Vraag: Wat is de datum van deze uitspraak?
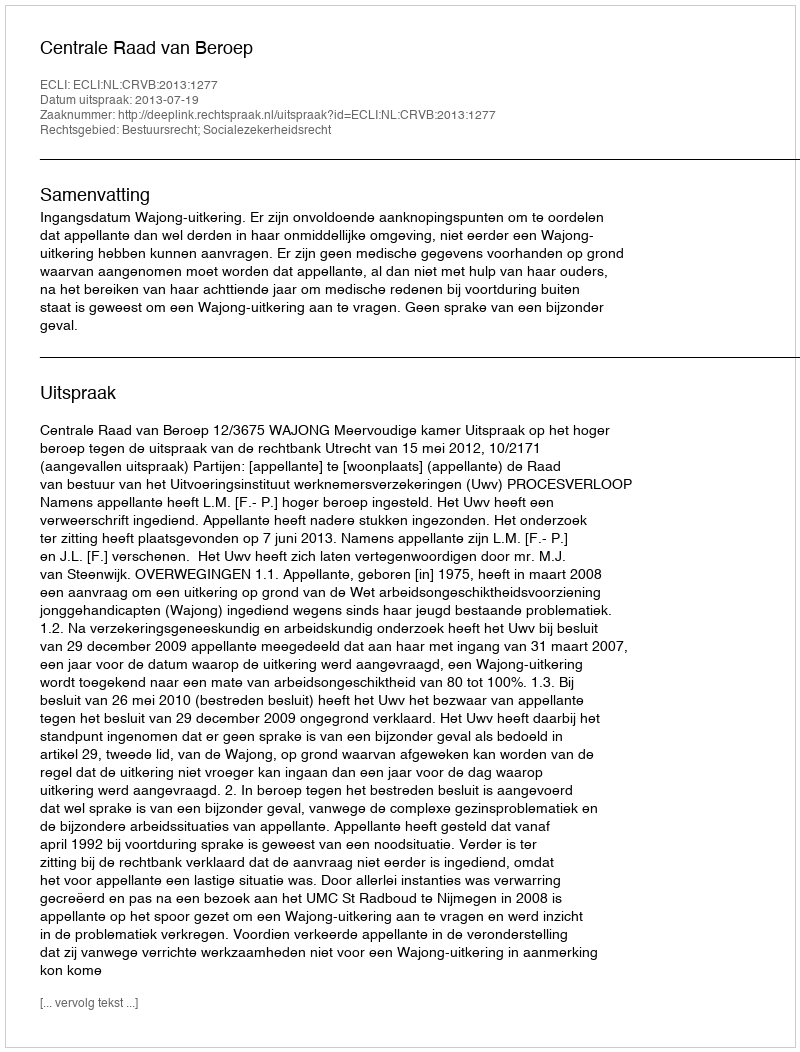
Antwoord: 2013-07-19